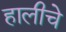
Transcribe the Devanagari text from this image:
हालीचे